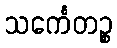
သင်္ကေတဉ္စ